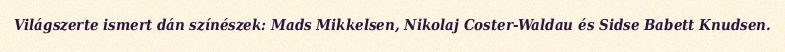
Világszerte ismert dán színészek: Mads Mikkelsen, Nikolaj Coster-Waldau és Sidse Babett Knudsen.